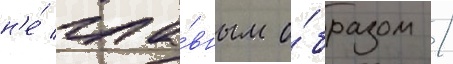
н'е́ гла́вным о́бразом /